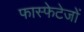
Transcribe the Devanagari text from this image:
फास्फेटेजों